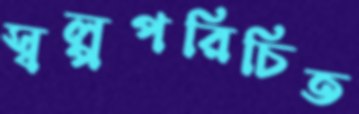
স্বল্পপরিচিত